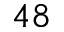
4 8